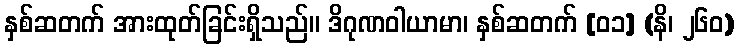
နှစ်ဆတက် အားထုတ်ခြင်းရှိသည်။ ဒိဂုဏဝါယာမာ၊ နှစ်ဆတက် [၀၁] (နိ၊ ၂၆၀)